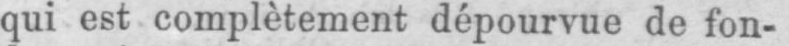
qui est complètement dépourvue de fon-